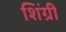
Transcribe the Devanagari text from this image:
शिंग्री